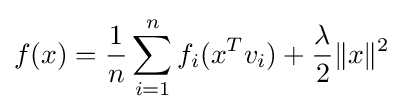
f(x)={\frac {1}{n}}\sum _{i=1}^{n}f_{i}(x^{T}v_{i})+{\frac {\lambda }{2}}\|x\|^{2}